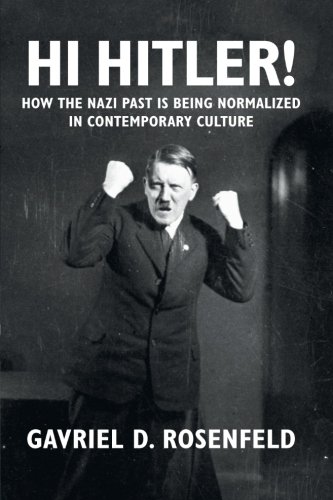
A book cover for Hi Hitler!: How the Nazi Past is Being Normalized in Contemporary Culture; Gavriel D. Rosenfeld; History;